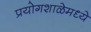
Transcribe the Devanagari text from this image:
प्रयोगशाळेमध्ये